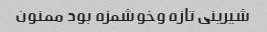
شیرینی تازه وخوشمزه بود ممنون